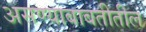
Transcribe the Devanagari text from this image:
असण्याबाबतीतील